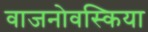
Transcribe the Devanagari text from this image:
वाजनोवस्किया